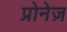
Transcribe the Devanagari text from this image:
प्रोनेज़